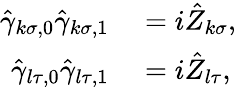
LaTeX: \begin{array}{rl}{\hat{\gamma}_{k\sigma,0}\hat{\gamma}_{k\sigma,1}}&{{}=i\hat{Z}_{k\sigma},}\\ {\hat{\gamma}_{l\tau,0}\hat{\gamma}_{l\tau,1}}&{{}=i\hat{Z}_{l\tau},}\end{array}